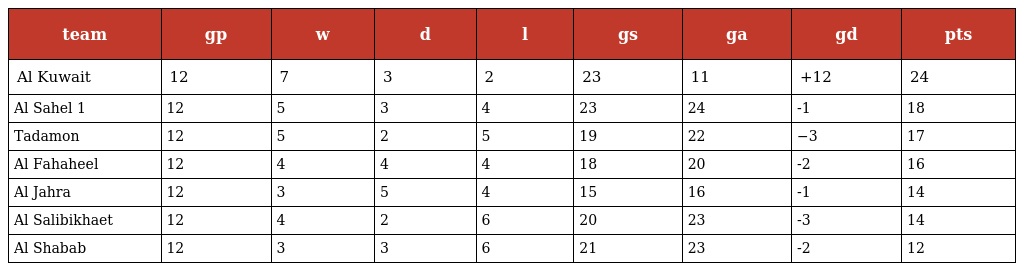
| team | gp | w | d | l | gs | ga | gd | pts |
 | --- | --- | --- | --- | --- | --- | --- | --- | --- |
 | Al Kuwait | 12 | 7 | 3 | 2 | 23 | 11 | +12 | 24 |
 | Al Sahel 1 | 12 | 5 | 3 | 4 | 23 | 24 | -1 | 18 |
 | Tadamon | 12 | 5 | 2 | 5 | 19 | 22 | −3 | 17 |
 | Al Fahaheel | 12 | 4 | 4 | 4 | 18 | 20 | -2 | 16 |
 | Al Jahra | 12 | 3 | 5 | 4 | 15 | 16 | -1 | 14 |
 | Al Salibikhaet | 12 | 4 | 2 | 6 | 20 | 23 | -3 | 14 |
 | Al Shabab | 12 | 3 | 3 | 6 | 21 | 23 | -2 | 12 |